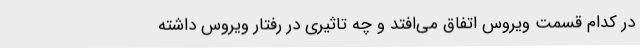
در کدام قسمت ویروس اتفاق می‌افتد و چه تاثیری در رفتار ویروس داشته